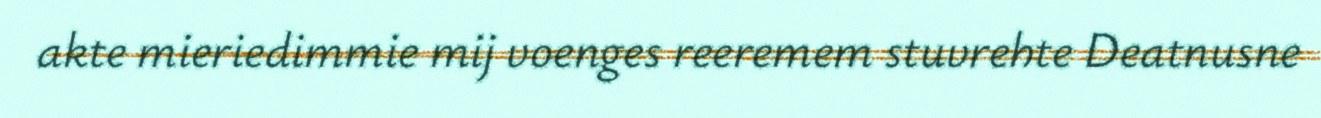
akte mieriedimmie mij voenges reeremem stuvrehte Deatnusne